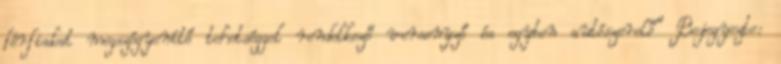
férfiakat megszégyenítő tehetséggel rendelkező versenyző és egyben autószerelő” Bejegyezte: